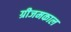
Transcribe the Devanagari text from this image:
ग्रीजमकाल